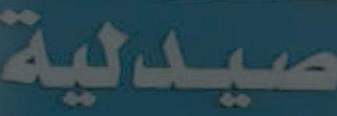
صيدلية